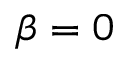
\beta = 0